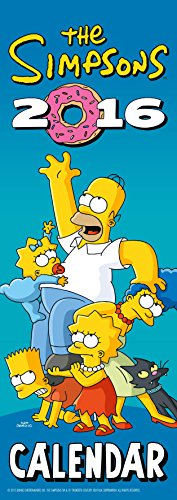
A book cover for The Official the Simpsons 2016 Slim Calendar; Calendars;